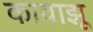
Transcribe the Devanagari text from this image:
कावाझू